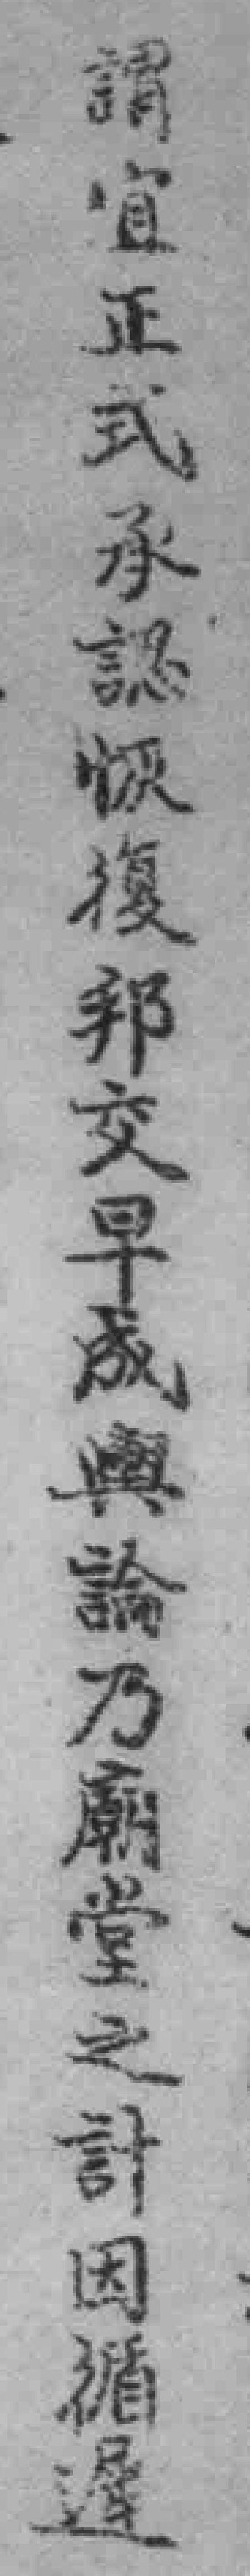
謂宜正式承認恢復邦交早成輿論乃廟堂之計因循遲